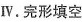
Ⅳ.完形填空